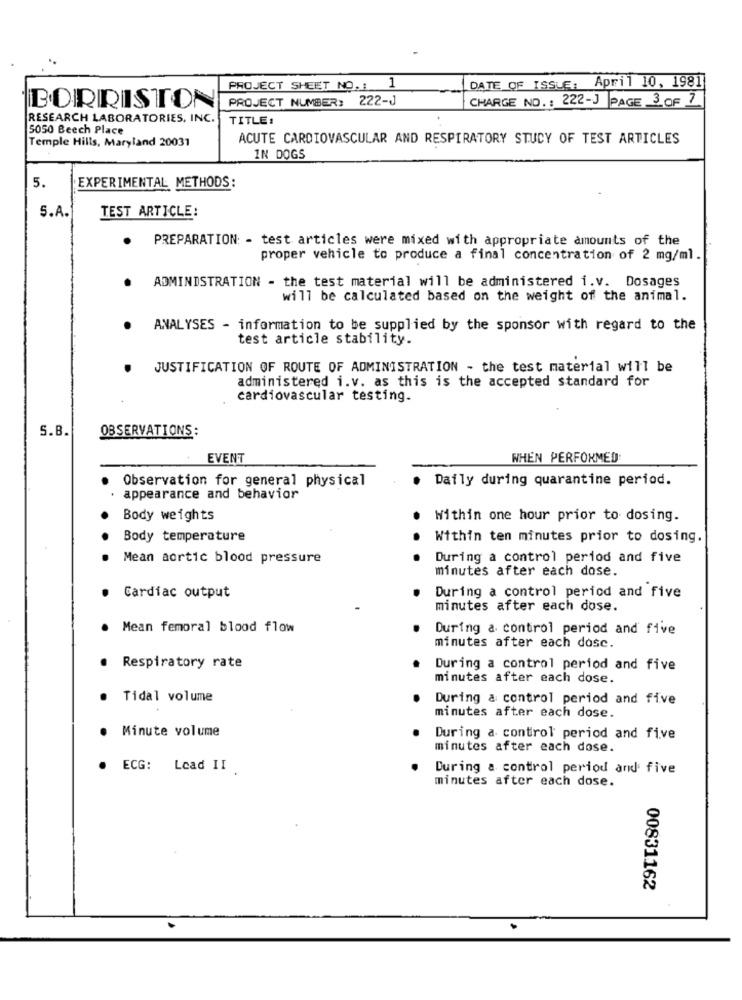
DATE OF ISSUE: April 10, 1981]
PROJECT SHEET NO .: 1
PROJECT NUMBER: 222-J
CHARGE NO .: 222-J PAGE 3 OF 7
BORRISTON
RESEARCH LABORATORIES, INC.
TITLE:
5050 Beech Place
Temple Hills, Maryland 20031
ACUTE CARDIOVASCULAR AND RESPIRATORY STUDY OF TEST ARTICLES
IN DOGS
5.
EXPERIMENTAL METHODS:
TEST ARTICLE:
5.A.
. PREPARATION: - test articles were mixed with appropriate amounts of the
proper vehicle to produce a final concentration of 2 mg/ml.
ADMINISTRATION - the test material will be administered i.v. Dosages
will be calculated based on the weight of the animal.
ANALYSES - information to be supplied by the sponsor with regard to the
test article stability.
JUSTIFICATION OF ROUTE OF ADMINISTRATION - the test material will be
administered i.v. as this is the accepted standard for
cardiovascular testing.
S.B.
OBSERVATIONS:
EVENT
WHEN PERFORMED
Observation for general physical
. Daily during quarantine period.
appearance and behavior
Body weights
Within one hour prior to dosing.
Body temperature
Within ten minutes prior to dosing.
Mean aortic blood pressure
During a control period and five
minutes after each dose.
Cardiac output
During a control period and five
minutes after each dose.
Mean femoral blood flow
During a control period and five
minutes after each dosc.
Respiratory rate
During a control period and five
minutes after each dose.
Tidal volume
During a control period and five
minutes after each dose.
Minute volume
During a control period and five
minutes after each dose.
ECG: Lead II
During a control period and five
minutes after each dose.
00831162